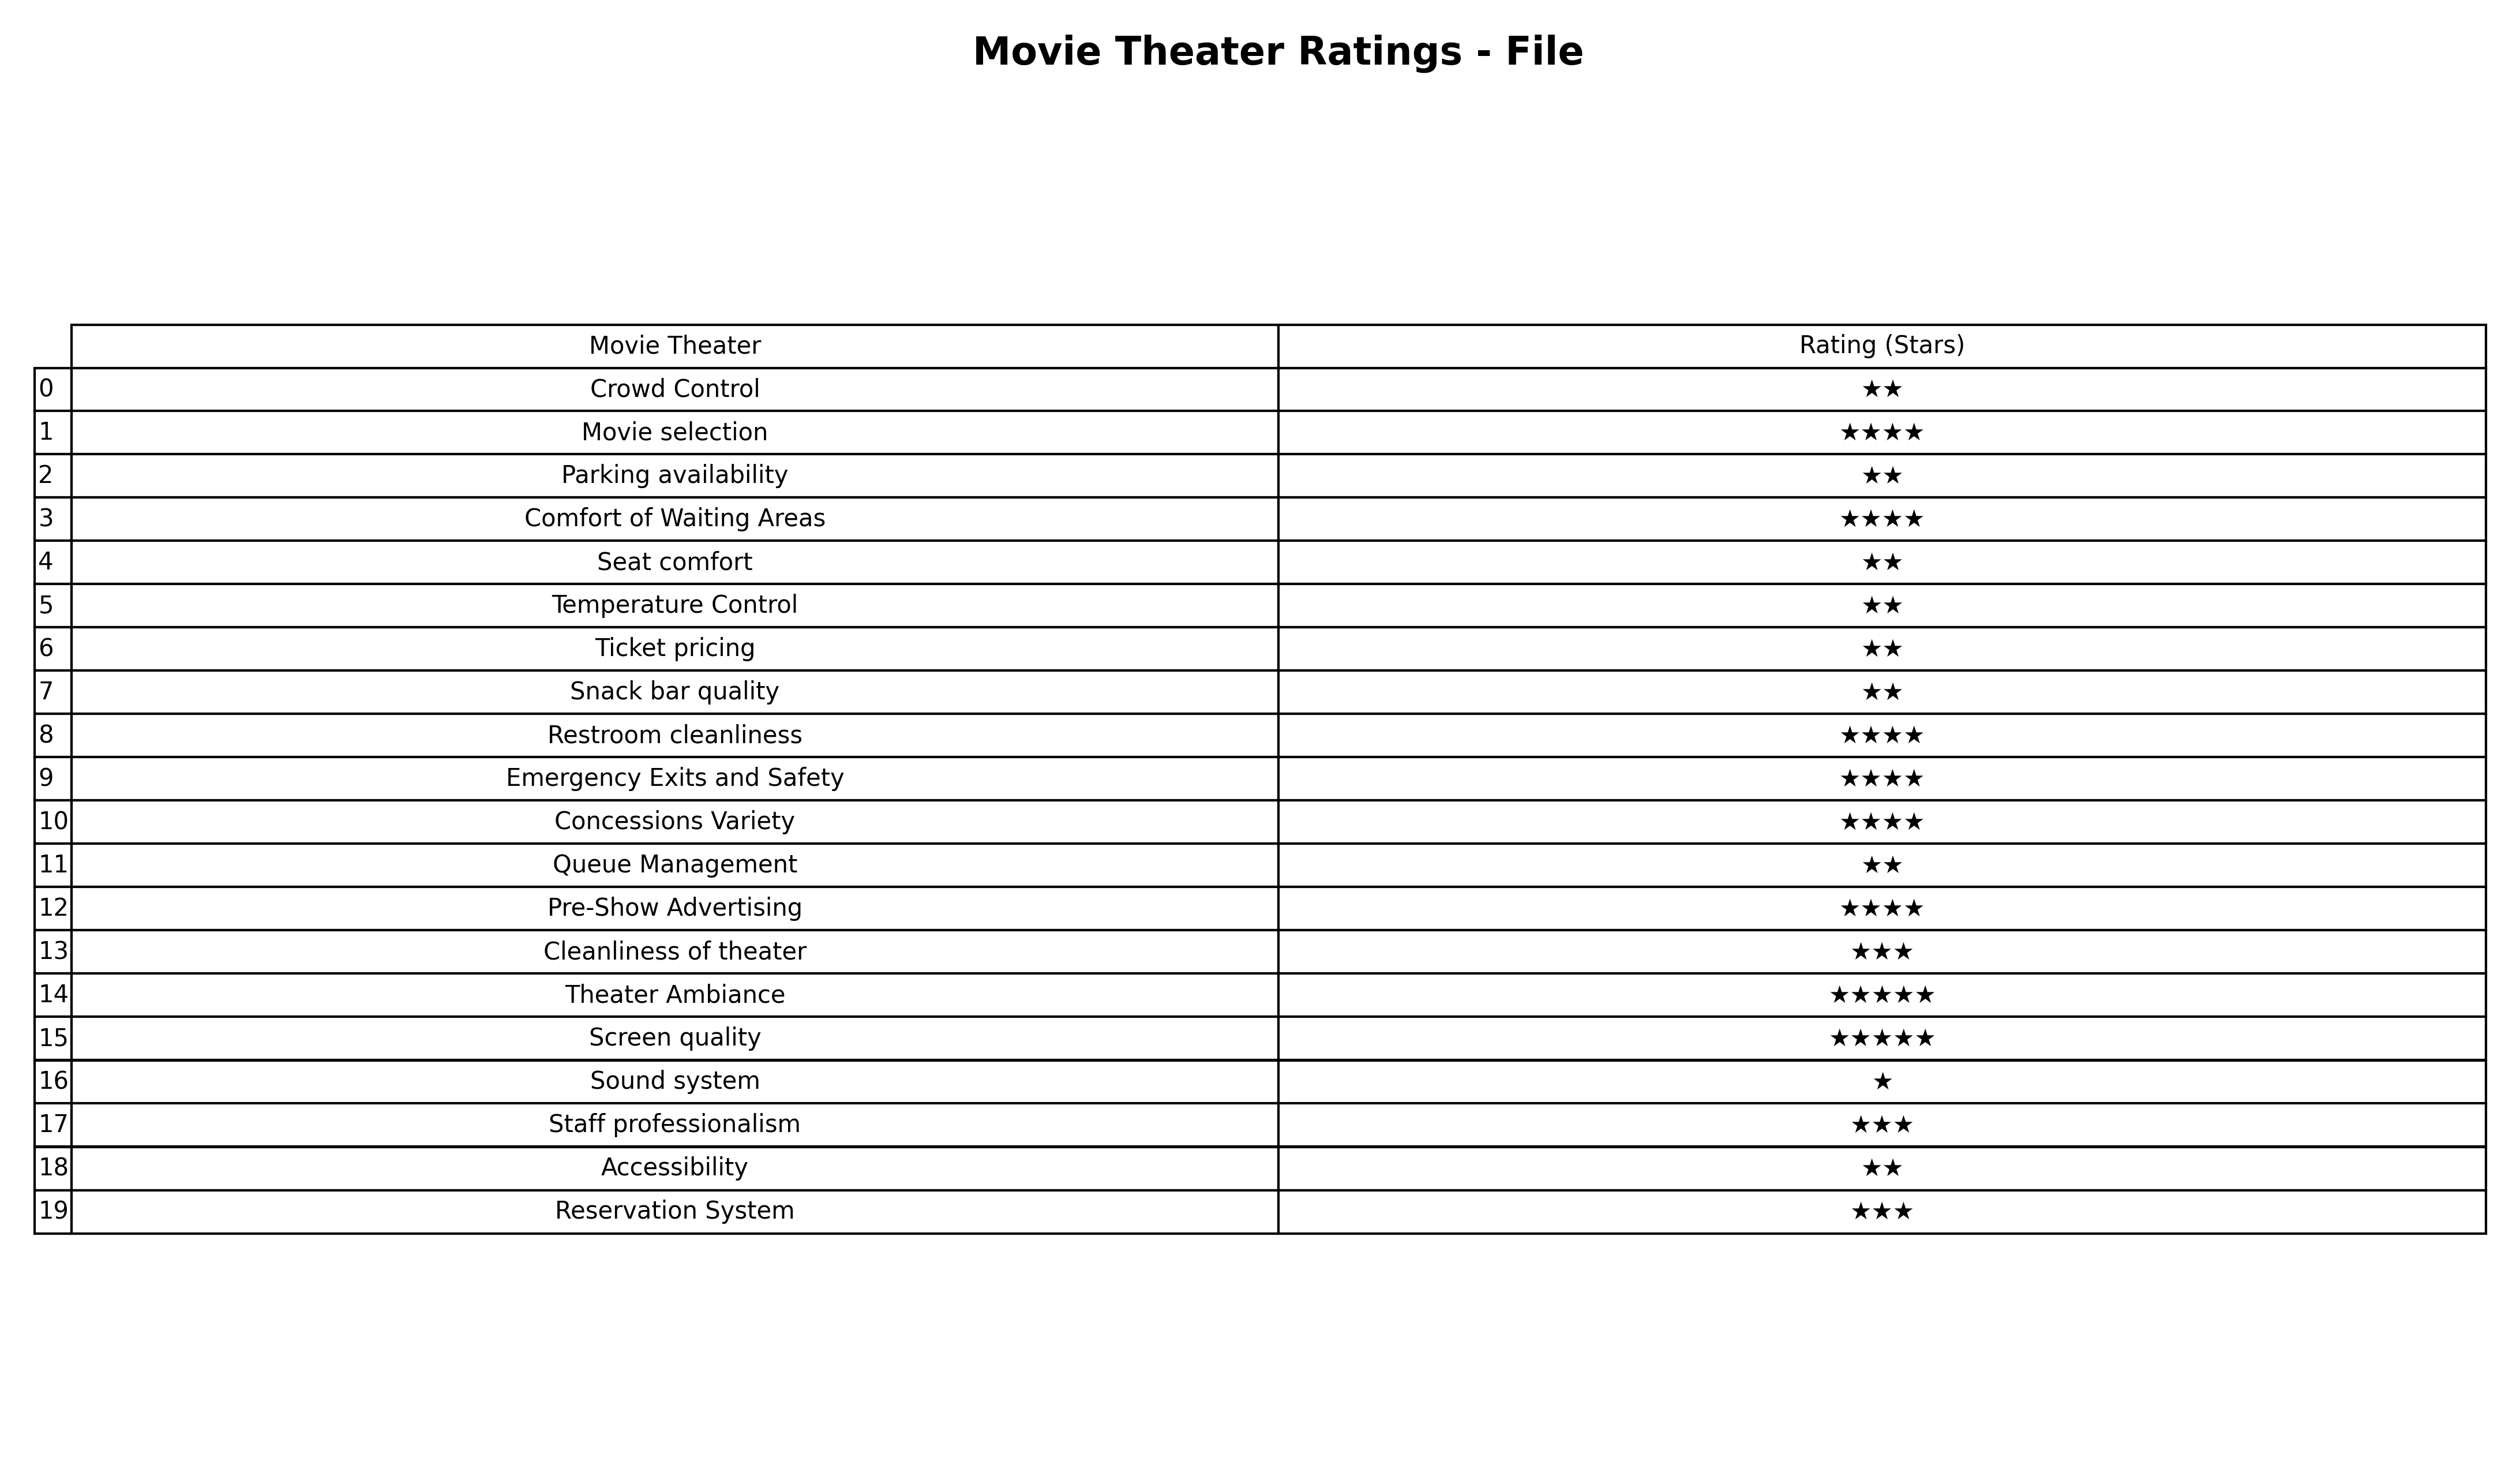
question: What is the rating of Seat comfort?
answer: ★★